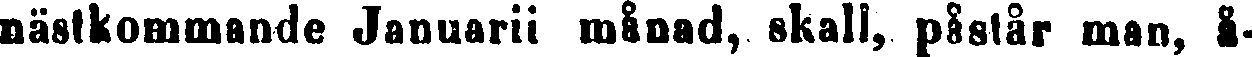
nästkommande Januarii månad, skall, påstår man, å-